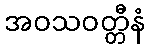
အဝသဝတ္တီနံ